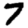
Digit: 7